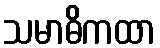
သမာဓိကထာ